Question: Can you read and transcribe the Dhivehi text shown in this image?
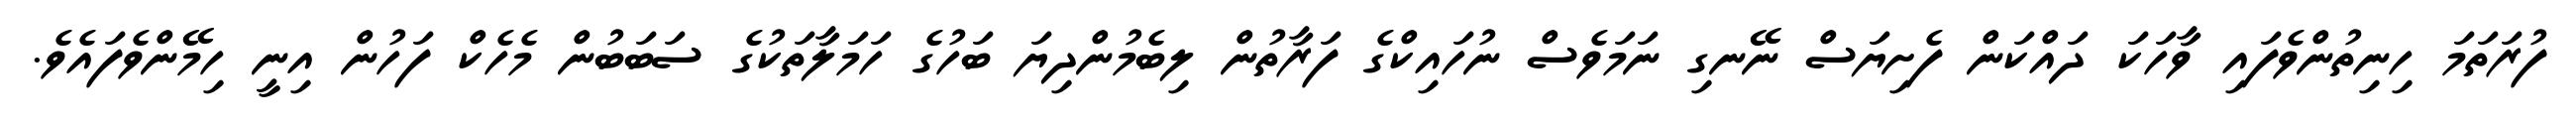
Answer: ފުރަތަމަ ހިނިތުންވެފައި ވާހަކަ ދައްކަން ފެށިޔަސް ނޭނގި ނަމަވެސް ނުހައިކްގެ ފަރާތުން ލިބެމުންދިޔަ ބަހުގެ ހަމަލާތަކުގެ ސަބަބުން މެހެކް ފަހުން އިނީ ހިމޭންވެފައެވެ.